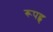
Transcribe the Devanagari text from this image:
रूपहृ